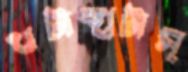
খটাস্‌খটাস্‌